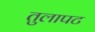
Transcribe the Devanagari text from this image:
तुलापट